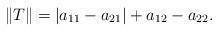
LaTeX: \begin{align*}\Vert T\Vert=|a_{11}-a_{21}|+a_{12}-a_{22}. \end{align*}